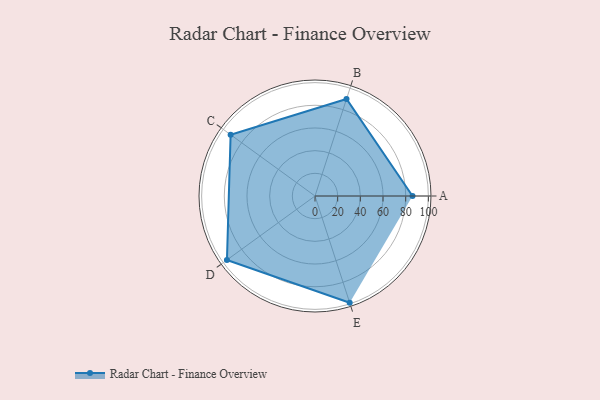
{"axis": {"x": "Skill", "y": "Score"}, "legend": ["Profile"], "data": [{"x": "A", "y": 86.0, "type": "Profile"}, {"x": "B", "y": 90.0, "type": "Profile"}, {"x": "C", "y": 92.0, "type": "Profile"}, {"x": "D", "y": 96.0, "type": "Profile"}, {"x": "E", "y": 99.0, "type": "Profile"}]}